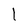
Character: 1